Triennial report on the lunatic asylums in the province of Eastern Bengal and Assam - 1903-1911
Year: 1903
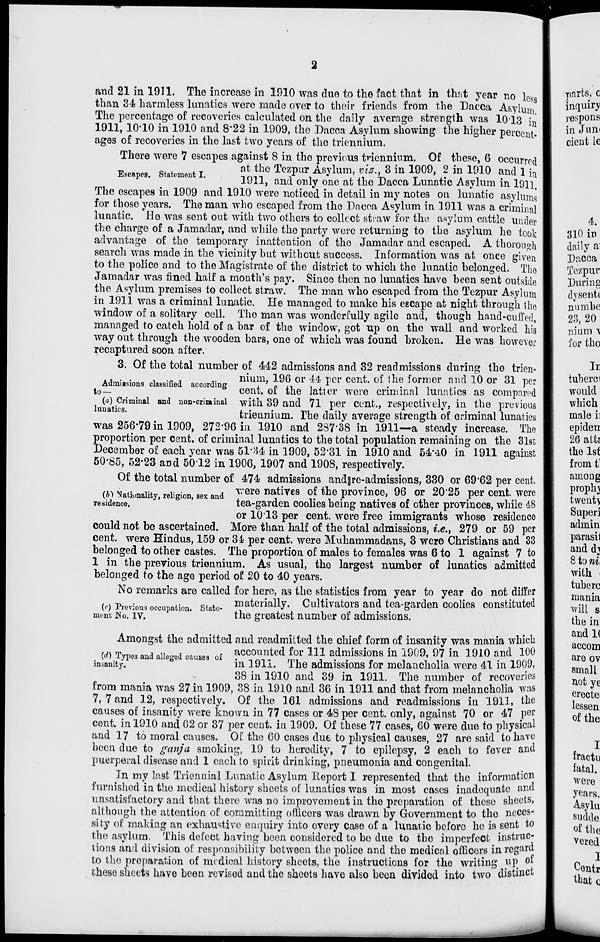
2
and 21 in 1911. The increase in 1910 was due to the fact that in that year no less
than 34 harmless lunatics were made over to their friends from the Dacca Asylum.
The percentage of recoveries calculated on the daily average strength was 10.13 in
1911, 10.10 in 1910 and 8.22 in 1909, the Dacca Asylum showing the higher percent-
ages of recoveries in the last two years of the triennium.
Escapes. Statement I.
There were 7 escapes against 8 in the previous triennium. Of these, 6 occurred
at the Tezpur Asylum, viz., 3 in 1909, 2 in 1910 and 1 in
1911, and only one at the Dacca Lunatic Asylum in 1911.
The escapes in 1909 and 1910 were noticed in detail in my notes on lunatic asylums
for those years. The man who escaped from the Dacca Asylum in 1911 was a criminal
lunatic. He was sent out with two others to collect straw for the asylum cattle under
the charge of a Jamadar, and while the party were returning to the asylum he took
advantage of the temporary inattention of the Jamadar and escaped. A thorough
search was made in the vicinity but without success. Information was at once given
to the police and to the Magistrate of the district to which the lunatic belonged. The
Jamadar was fined half a month's pay. Since then no lunatics have been sent outside
the Asylum premises to collect straw. The man who escaped from the Tezpur Asylum
in 1911 was a criminal lunatic. He managed to make his escape at night through the
window of a solitary cell. The man was wonderfully agile and, though hand-cuffed,
managed to catch hold of a bar of the window, got up on the wall and worked his
way out through the wooden bars, one of which was found broken. He was however
recaptured soon after.
Admissions classified according
to —
(a) Criminal and non-criminal
lunatics.
3. Of the total number of 442 admissions and 32 readmissions during the trien-
nium, 196 or 44 per cent. of the former and 10 or 31 per
cent. of the latter were criminal lunatics as compared
with 39 and 71 per cent., respectively, in the previous
triennium. The daily average strength of criminal lunatics
was 256.79 in 1909, 272.96 in 1910 and 287.38 in 1911—a steady increase. The
proportion per cent. of criminal lunatics to the total population remaining on the 31st
December of each year was 51.34 in 1909, 52.31 in 1910 and 54.40 in 1911 against
50.85, 52.23 and 50.12 in 1906, 1907 and 1908, respectively.
(b) Nationality, religion, sex and
residence.
Of the total number of 474 admissions and re-admissions, 330 or 69.62 per cent.
were natives of the province, 96 or 20.25 per cent. were
tea-garden coolies being natives of other provinces, while 48
or 10.13 per cent. were free immigrants whose residence
could not be ascertained. More than half of the total admissions, i.e., 279 or 59 per
cent. were Hindus, 159 or 34 per cent. were Muhammadans, 3 were Christians and 33
belonged to other castes. The proportion of males to females was 6 to 1 against 7 to
1 in the previous triennium. As usual, the largest number of lunatics admitted
belonged to the age period of 20 to 40 years.
(c) Previous occupation. State-
ment No. IV.
No remarks are called for here, as the statistics from year to year do not differ
materially. Cultivators and tea-garden coolies constituted
the greatest number of admissions.
(d) Types and alleged causes of
insanity.
Amongst the admitted and readmitted the chief form of insanity was mania which
accounted for 111 admissions in 1909, 97 in 1910 and 100
in 1911. The admissions for melancholia were 41 in 1909,
38 in 1910 and 39 in 1911. The number of recoveries
from mania was 27 in 1909, 38 in 1910 and 36 in 1911 and that from melancholia was
7, 7 and 12, respectively. Of the 161 admissions and readmissions in 1911, the
causes of insanity were known in 77 cases or 48 per cent. only, against 70 or 47 per
cent. in 1910 and 62 or 37 per cent. in 1909. Of these 77 cases, 60 were due to physical
and 17 to moral causes. Of the 60 cases due to physical causes, 27 are said to have
been due to ganja smoking, 19 to heredity, 7 to epilepsy, 2 each to fever and
puerperal disease and 1 each to spirit drinking, pneumonia and congenital.
In my last Triennial Lunatic Asylum Report I represented that the information
furnished in the medical history sheets of lunatics was in most cases inadequate and
unsatisfactory and that there was no improvement in the preparation of these sheets,
although the attention of committing officers was drawn by Government to the neces-
sity of making an exhaustive enquiry into every case of a lunatic before he is sent to
the asylum. This defect having been considered to be due to the imperfect instruc-
tions and division of responsibility between the police and the medical officers in regard
to the preparation of medical history sheets, the instructions for the writing up of
these sheets have been revised and the sheets have also been divided into two distinct